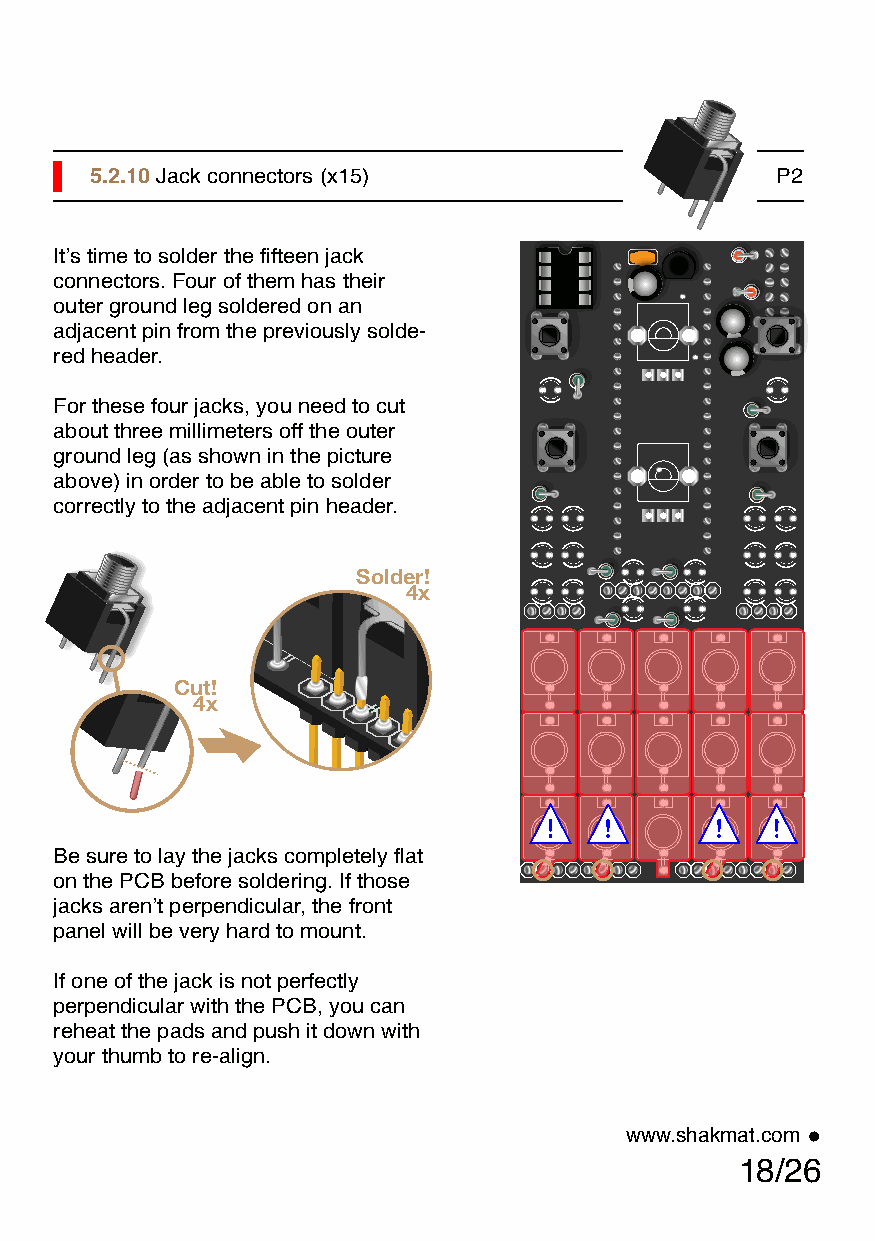
5.2.10 Jack connectors (x15)                 P2
 It’s time to solder the fifteen jack
 connectors. Four of them has their
 outer ground leg soldered on an
 adjacent pin from the previously solde-
 red header.
 For these four jacks, you need to cut
 about three millimeters off the outer
 ground leg (as shown in the picture
 above) in order to be able to solder
 correctly to the adjacent pin header.
 Solder!
 4x
 Cut!
 4x
 Be sure to lay the jacks completely flat
 on the PCB before soldering. If those
 jacks aren’t perpendicular, the front
 panel will be very hard to mount.
 If one of the jack is not perfectly
 perpendicular with the PCB, you can
 reheat the pads and push it down with
 your thumb to re-align.
 www.shakmat.com •
 18/26